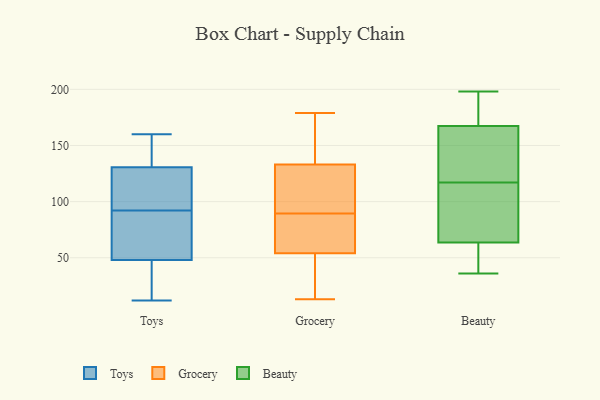
{"axis": {"x": "Customer Acquisition Cost (USD)", "y": "Value"}, "legend": ["Beauty", "Grocery", "Toys"], "data": [{"x": "", "y": 110, "type": "Toys"}, {"x": "", "y": 159, "type": "Toys"}, {"x": "", "y": 64, "type": "Toys"}, {"x": "", "y": 29, "type": "Toys"}, {"x": "", "y": 135, "type": "Toys"}, {"x": "", "y": 106, "type": "Toys"}, {"x": "", "y": 135, "type": "Toys"}, {"x": "", "y": 48, "type": "Toys"}, {"x": "", "y": 92, "type": "Toys"}, {"x": "", "y": 12, "type": "Toys"}, {"x": "", "y": 20, "type": "Toys"}, {"x": "", "y": 48, "type": "Toys"}, {"x": "", "y": 149, "type": "Toys"}, {"x": "", "y": 94, "type": "Toys"}, {"x": "", "y": 67, "type": "Toys"}, {"x": "", "y": 55, "type": "Toys"}, {"x": "", "y": 160, "type": "Toys"}, {"x": "", "y": 117, "type": "Toys"}, {"x": "", "y": 19, "type": "Toys"}, {"x": "", "y": 31, "type": "Grocery"}, {"x": "", "y": 13, "type": "Grocery"}, {"x": "", "y": 119, "type": "Grocery"}, {"x": "", "y": 170, "type": "Grocery"}, {"x": "", "y": 72, "type": "Grocery"}, {"x": "", "y": 133, "type": "Grocery"}, {"x": "", "y": 109, "type": "Grocery"}, {"x": "", "y": 28, "type": "Grocery"}, {"x": "", "y": 54, "type": "Grocery"}, {"x": "", "y": 166, "type": "Grocery"}, {"x": "", "y": 82, "type": "Grocery"}, {"x": "", "y": 179, "type": "Grocery"}, {"x": "", "y": 87, "type": "Grocery"}, {"x": "", "y": 92, "type": "Grocery"}, {"x": "", "y": 77, "type": "Beauty"}, {"x": "", "y": 162, "type": "Beauty"}, {"x": "", "y": 123, "type": "Beauty"}, {"x": "", "y": 36, "type": "Beauty"}, {"x": "", "y": 103, "type": "Beauty"}, {"x": "", "y": 118, "type": "Beauty"}, {"x": "", "y": 169, "type": "Beauty"}, {"x": "", "y": 49, "type": "Beauty"}, {"x": "", "y": 198, "type": "Beauty"}, {"x": "", "y": 54, "type": "Beauty"}, {"x": "", "y": 117, "type": "Beauty"}, {"x": "", "y": 192, "type": "Beauty"}, {"x": "", "y": 179, "type": "Beauty"}, {"x": "", "y": 59, "type": "Beauty"}, {"x": "", "y": 80, "type": "Beauty"}]}